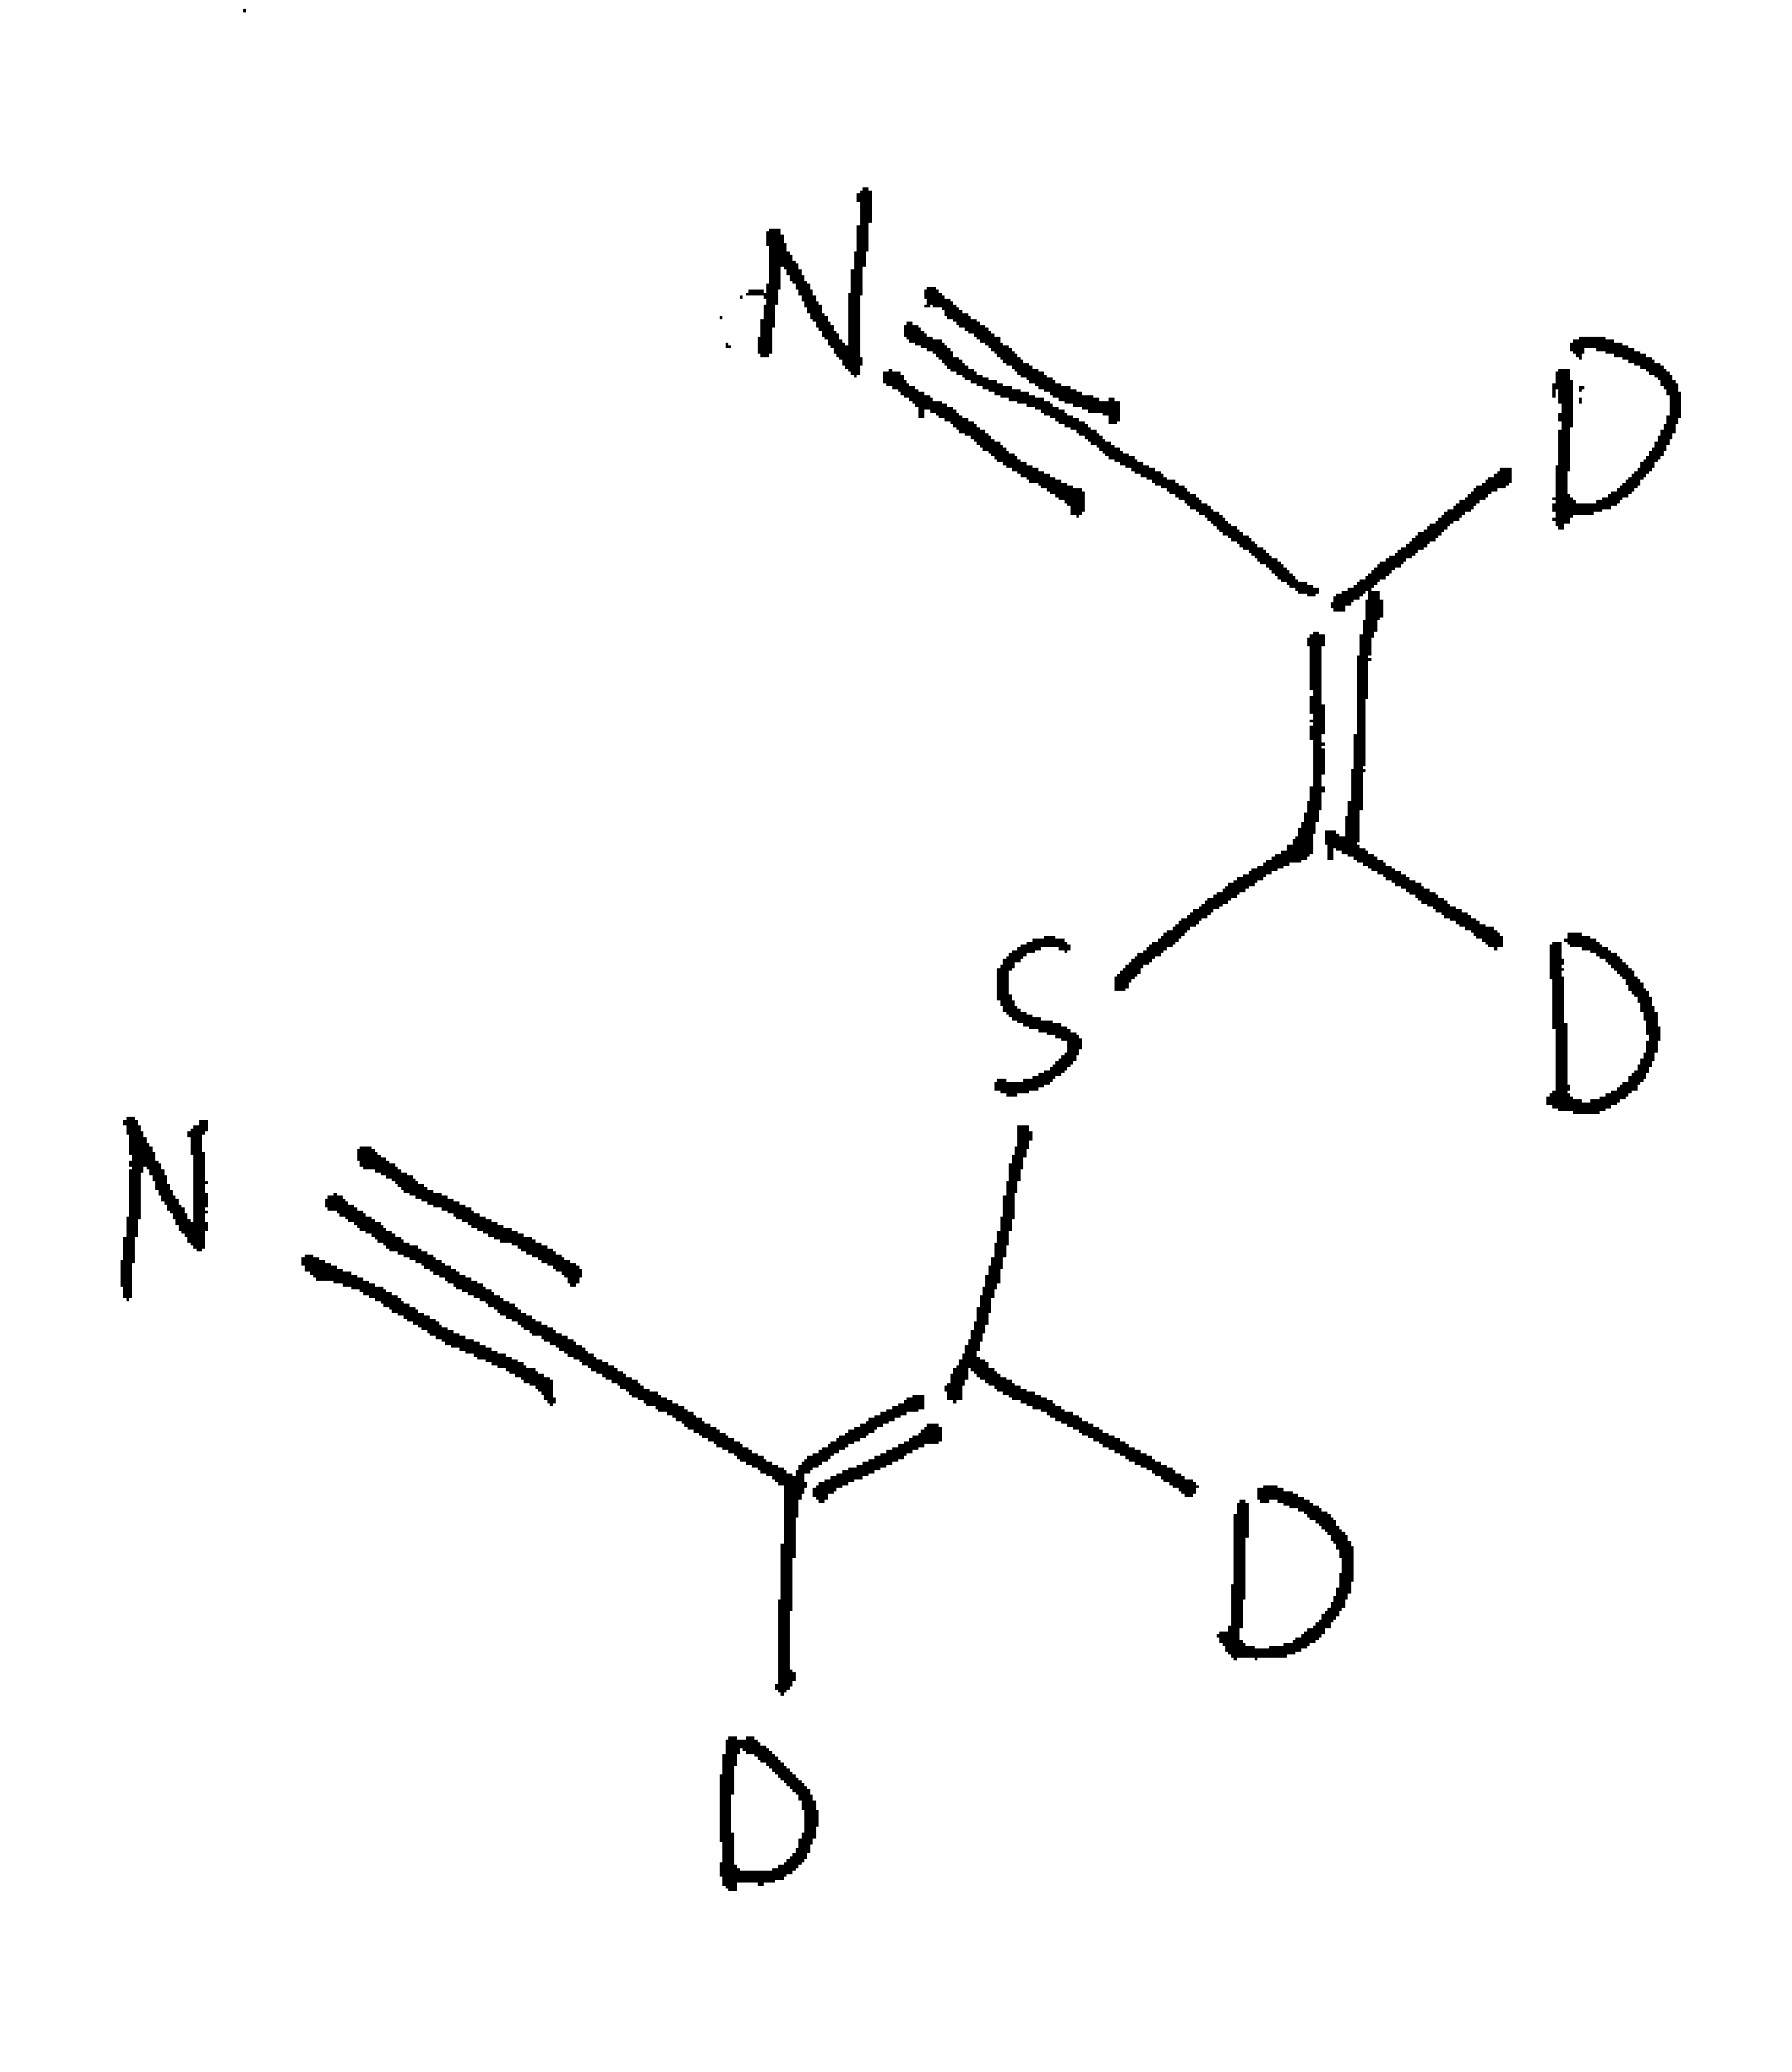
Simplified molecular-input line-entry system (SMILES) notation of the given molecule:
[2H]/C(=C(/S/C(=C(\C#N)/[2H])/[2H])\[2H])/C#N